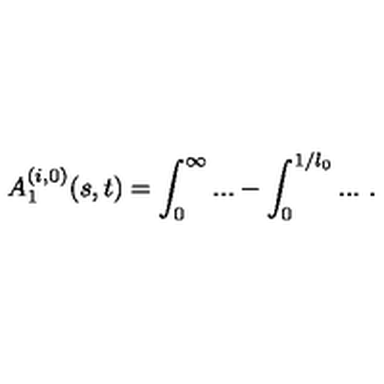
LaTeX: A _ { 1 } ^ { ( i , 0 ) } ( s , t ) = \int _ { 0 } ^ { \infty } . . . - \int _ { 0 } ^ { 1 / l _ { 0 } } . . . \ .